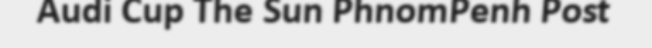
Audi Cup The Sun PhnomPenh Post